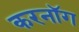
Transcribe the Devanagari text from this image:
करनॉग